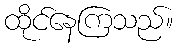
ထိုင်နေကြသည်။